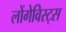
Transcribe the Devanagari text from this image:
लोंगेविस्ट्स